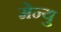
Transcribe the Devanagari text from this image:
मेन्‍यु